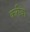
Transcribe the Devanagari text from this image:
करीबा